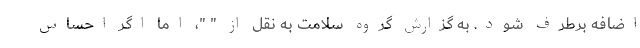
اضافه برطرف شود. به گزارش گروه سلامت به نقل از " "، اما اگر احساس